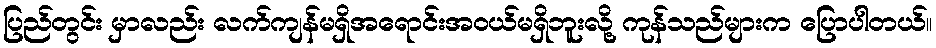
ပြည်တွင်း မှာလည်း လက်ကျန်မရှိအရောင်းအဝယ်မရှိဘူးလို့ ကုန်သည်များက ပြောပါတယ်။